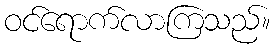
ဝင်ရောက်လာကြသည်။